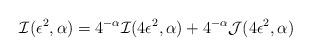
LaTeX: \begin{align*}{\cal I}(\epsilon^2,\alpha)=4^{-\alpha} {\cal I}(4 \epsilon^2,\alpha)+4^{-\alpha} {\cal J}(4 \epsilon^2,\alpha)\end{align*}